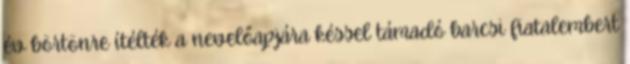
év börtönre ítélték a nevelőapjára késsel támadó barcsi fiatalembert